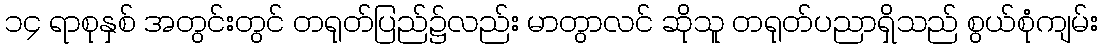
၁၄ ရာစုနှစ် အတွင်းတွင် တရုတ်ပြည်၌လည်း မာတွာလင် ဆိုသူ တရုတ်ပညာရှိသည် စွယ်စုံကျမ်း